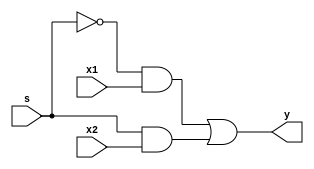
module mux_2x1_dataflow(
input x1 ,x2 ,s,
output y
);

assign y = ~s & x1| s & x2;
endmodule